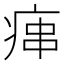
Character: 𤶱